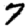
Digit: 7